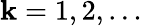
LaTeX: \mathbf{k}=1,2,\dots